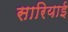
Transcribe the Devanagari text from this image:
सारियाई